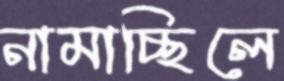
নামাচ্ছিলে